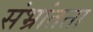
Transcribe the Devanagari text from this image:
संभ्रांतता